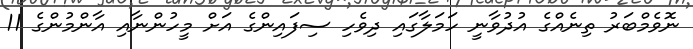
ނޮވެމްބަރު ތިނެއްގެ އުދުވާނީ ހަމަލާގައި ދިވެހި ސިފައިންގެ އަށް މީހުންނާއި އާންމުންގެ 11